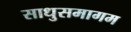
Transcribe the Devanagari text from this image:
साधुसमागम